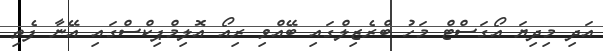
އަދި މިދިޔަ އޯގަސްޓް މަހު ބްރެޒިލްގައި ބޭއްވި ރިއޯ އޮލިމްޕިކްސްގައި އޭނާ ފެތި